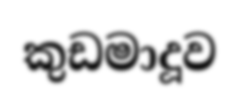
කුඩමාදූව